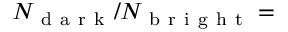
N _ { \mathrm { ~ d ~ a ~ r ~ k ~ } } / N _ { \mathrm { ~ b ~ r ~ i ~ g ~ h ~ t ~ } } =